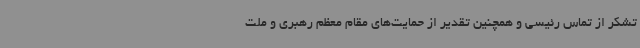
تشکر از تماس رئیسی و همچنین تقدیر از حمایت‌های مقام معظم رهبری و ملت